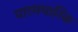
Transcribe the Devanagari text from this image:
पारमपारिक